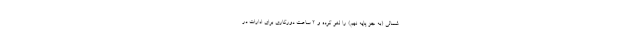
شمالی (به جز پایه نهم) را لغو کرده و ۲ ساعت دورکاری برای ادارات در